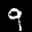
Label: 9